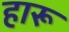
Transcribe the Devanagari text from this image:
हारू